Indian journal of veterinary science and animal husbandry - Volume 5,
Year: 1935
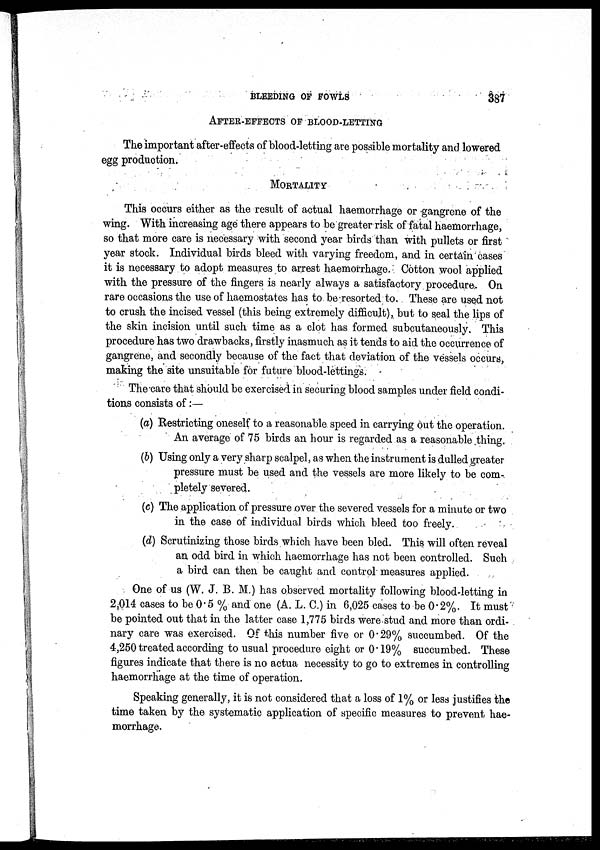
BLEEDING OF FOWLS
387
AFTER-EFFECTS OF BLOOD-LETTING
The important after-effects of blood-letting are possible mortality and lowered
egg production.
MORTALITY
This occurs either as the result of actual haemorrhage or gangrene of the
wing. With increasing age there appears to be greater risk of fatal haemorrhage,
so that more care is necessary with second year birds than with pullets or first
year stock. Individual birds bleed with varying freedom, and in certain cases
it is necessary to adopt measures to arrest haemorrhage. Cotton wool applied
with the pressure of the fingers is nearly always a satisfactory procedure:. On
rare occasions the use of haemostates has to be resorted to. These are used not
to crush the incised vessel (this being extremely difficult), but to seal the lips of
the skin incision until such time as a clot has formed subcutaneously. This
procedure has two drawbacks, firstly inasmuch as it tends to aid the occurrence of
gangrene, and secondly because of the fact that deviation of the vessels occurs,
making the site unsuitable for future blood-lettings.
The care that should be exercised in securing blood samples under field condi-
tions consists of:—
(a) Restricting oneself to a reasonable speed in carrying out the operation.
An average of 75 birds an hour is regarded as a reasonable thing.
(b) Using only a very sharp scalpel, as when the instrument is dulled greater
pressure must be used and the vessels are more likely to be com-
pletely severed.
(c) The application of pressure over the severed vessels for a minute or two
in the case of individual birds which bleed too freely.
(d) Scrutinizing those birds which have been bled. This will often reveal
an odd bird in which haemorrhage has not been controlled. Such
a bird can then be caught and control measures applied.
One of us (W. J. B. M.) has observed mortality following blood-letting in
2,014 cases to be 0.5 % and one (A. L. C.) in 6,025 cases to be 0.2%. It must
be pointed out that in the latter case 1,775 birds were stud and more than ordi-
nary care was exercised. Of this number five or 0.29% succumbed. Of the
4,250 treated according to usual procedure eight or 0.19% succumbed. These
figures indicate that there is no actua necessity to go to extremes in controlling
haemorrhage at the time of operation.
Speaking generally, it is not considered that a loss of 1% or less justifies the
time taken by the systematic application of specific measures to prevent hae-
morrhage.